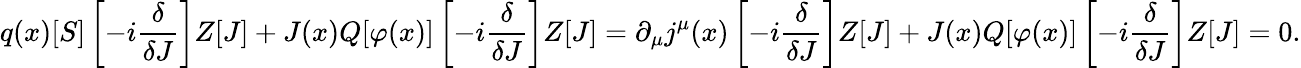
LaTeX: q(x)[S]\left[-i{\frac{\delta}{\delta J}}\right]Z[J]+J(x)Q[\varphi(x)]\left[-i{\frac{\delta}{\delta J}}\right]Z[J]=\partial_{\mu}j^{\mu}(x)\left[-i{\frac{\delta}{\delta J}}\right]Z[J]+J(x)Q[\varphi(x)]\left[-i{\frac{\delta}{\delta J}}\right]Z[J]=0.